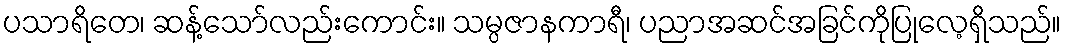
ပသာရိတေ၊ ဆန့်သော်လည်းကောင်း။ သမ္ပဇာနကာရီ၊ ပညာအဆင်အခြင်ကိုပြုလေ့ရှိသည်။